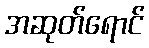
အဆုတ်ရောင်